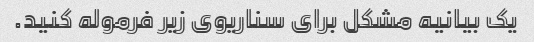
یک بیانیه مشکل برای سناریوی زیر فرموله کنید.